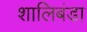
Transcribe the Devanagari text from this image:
शालिबंडा